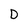
Character: D